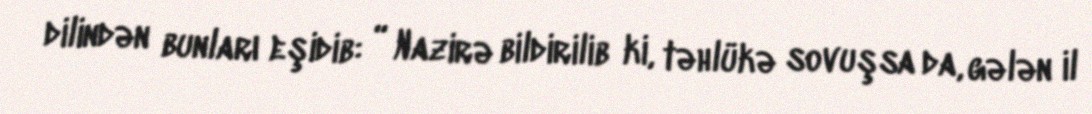
dilindən bunları eşidib: “ Nazirə bildirilib ki, təhlükə sovuşsa da, gələn il